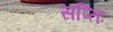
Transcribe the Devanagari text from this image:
सप्तिः